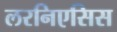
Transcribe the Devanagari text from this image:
लरनिएसिस